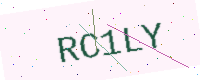
Text: RC1LY